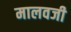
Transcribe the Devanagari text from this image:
मालवजी